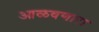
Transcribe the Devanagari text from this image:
आळवणारा